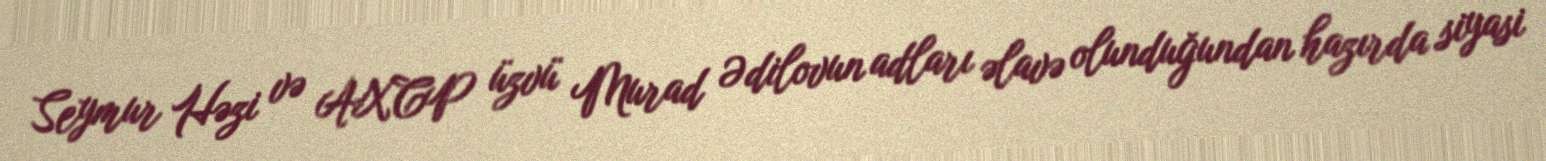
Seymur Həzi və AXCP üzvü Murad Ədilovun adları əlavə olunduğundan hazırda siyasi